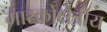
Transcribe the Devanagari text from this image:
मास्कोक्षेत्रीय